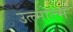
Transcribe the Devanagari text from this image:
उत्त्मोत्त्म